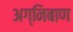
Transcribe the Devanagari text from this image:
अग्‍निबाण